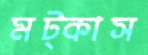
মট্‌কাস